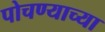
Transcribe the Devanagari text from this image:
पोचण्याच्या